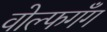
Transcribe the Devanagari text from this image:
वोल्फगँग